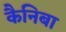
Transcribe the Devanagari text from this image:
कैनिबा